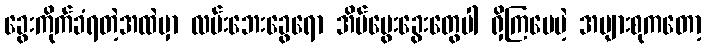
ခွေးကိုက်ခံရတဲ့အထဲမှာ လမ်းဘေးခွေရော အိမ်မွေးခွေးတွေပါ ရှိကြပေမဲ့ အများစုကတော့